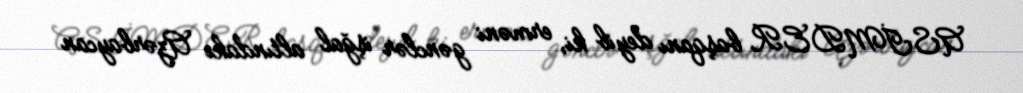
ASİMDER başqanı deyib ki, erməni gənclər işğal altındakı Azərbaycan